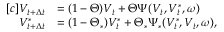
\begin{array} { r } { \begin{array} { r l } { [ c ] V _ { t + \Delta { t } } } & { = ( 1 - \Theta ) V _ { t } + \Theta \Psi ( V _ { t } , V _ { t } ^ { \ast } , \omega ) } \\ { V _ { t + \Delta { t } } ^ { \ast } } & { = ( 1 - \Theta _ { \ast } ) V _ { t } ^ { \ast } + \Theta _ { \ast } \Psi _ { \ast } ( V _ { t } ^ { \ast } , V _ { t } , \omega ) , } \end{array} } \end{array}